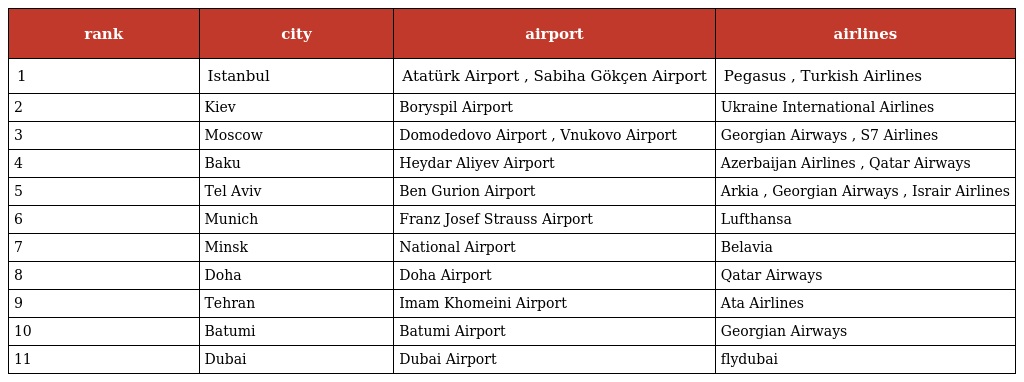
| rank | city | airport | airlines |
 | --- | --- | --- | --- |
 | 1 | Istanbul | Atatürk Airport , Sabiha Gökçen Airport | Pegasus , Turkish Airlines |
 | 2 | Kiev | Boryspil Airport | Ukraine International Airlines |
 | 3 | Moscow | Domodedovo Airport , Vnukovo Airport | Georgian Airways , S7 Airlines |
 | 4 | Baku | Heydar Aliyev Airport | Azerbaijan Airlines , Qatar Airways |
 | 5 | Tel Aviv | Ben Gurion Airport | Arkia , Georgian Airways , Israir Airlines |
 | 6 | Munich | Franz Josef Strauss Airport | Lufthansa |
 | 7 | Minsk | National Airport | Belavia |
 | 8 | Doha | Doha Airport | Qatar Airways |
 | 9 | Tehran | Imam Khomeini Airport | Ata Airlines |
 | 10 | Batumi | Batumi Airport | Georgian Airways |
 | 11 | Dubai | Dubai Airport | flydubai |